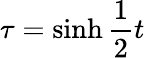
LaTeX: \tau=\sinh\frac{1}{2}t